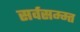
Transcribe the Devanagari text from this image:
सर्वसम्म्त